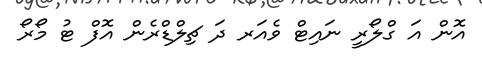
އޮން އަ ގްލޯރީ ނައިޓް ވެއަރ ދަ ޗިލްޑްރެން އޮފް ޓު މޯރޯ